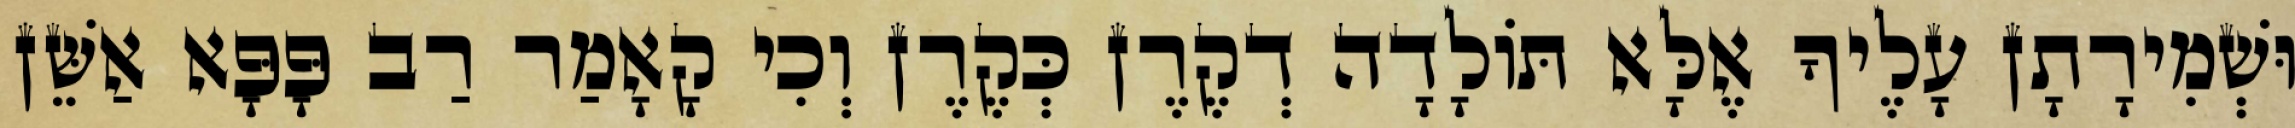
וּשְׁמִירָתָן עָלֶיךָ אֶלָּא תּוֹלָדָה דְקֶרֶן כְּקֶרֶן וְכִי קָאָמַר רַב פָּפָּא אַשֵּׁן